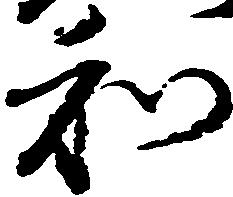
和